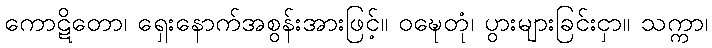
ကောဋိတော၊ ရှေးနောက်အစွန်းအားဖြင့်။ ဝဍ္ဎေတုံ၊ ပွားများခြင်းငှာ။ သက္ကာ၊